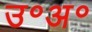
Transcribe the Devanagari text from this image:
उ॰अ॰